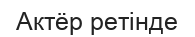
Актёр ретінде